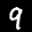
Label: 9